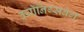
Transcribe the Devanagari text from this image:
क्यॉनिग्सबेर्ग